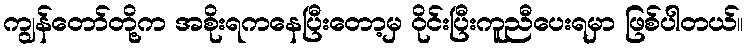
ကျွန်တော်တို့က အစိုးရကနေပြီးတော့မှ ဝိုင်းပြီးကူညီပေးရမှာ ဖြစ်ပါတယ်။